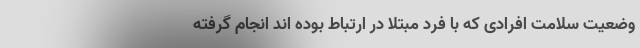
وضعیت سلامت افرادی که با فرد مبتلا در ارتباط بوده اند انجام گرفته